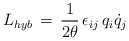
\begin{align*}L_{hyb}\,=\,\frac{1}{2\theta}\,\epsilon_{ij}\,q_i\dot q_j\end{align*}